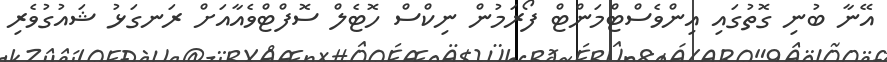
އޭނާ ބުނި ގޮތުގައި އިންވެސްޓްމަންޓް ފޯރަމުން ނިކްސް ހޮޓެލް ސޮފްޓްވެއާއަށް ރަނގަޅު ޝައުގުވެރި